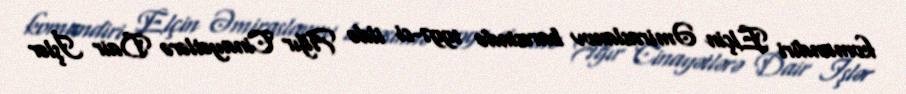
komandiri Elçin Əmiraslanov barəsində 1997-ci ildə Ağır Cinayətlərə Dair İşlər